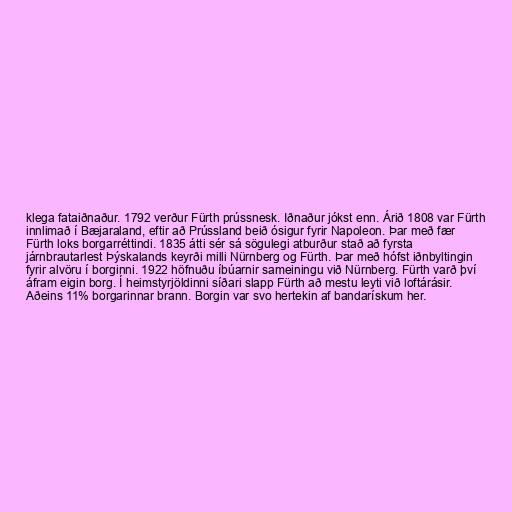
klega fataiðnaður. 1792 verður Fürth prússnesk. Iðnaður jókst enn. Árið 1808 var Fürth
innlimað í Bæjaraland, eftir að Prússland beið ósigur fyrir Napoleon. Þar með fær
Fürth loks borgarréttindi. 1835 átti sér sá sögulegi atburður stað að fyrsta
járnbrautarlest Þýskalands keyrði milli Nürnberg og Fürth. Þar með hófst iðnbyltingin
fyrir alvöru í borginni. 1922 höfnuðu íbúarnir sameiningu við Nürnberg. Fürth varð því
áfram eigin borg. Í heimstyrjöldinni síðari slapp Fürth að mestu leyti við loftárásir.
Aðeins 11% borgarinnar brann. Borgin var svo hertekin af bandarískum her.